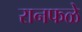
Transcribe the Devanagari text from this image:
रानफळे